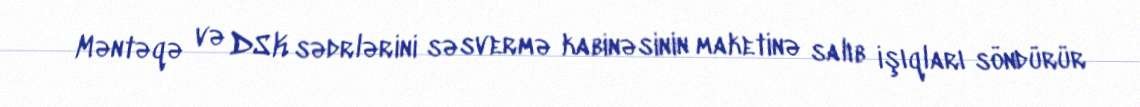
Məntəqə və DSK sədrlərini səsvermə kabinəsinin maketinə salıb işıqları söndürür